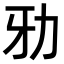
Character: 𠡁